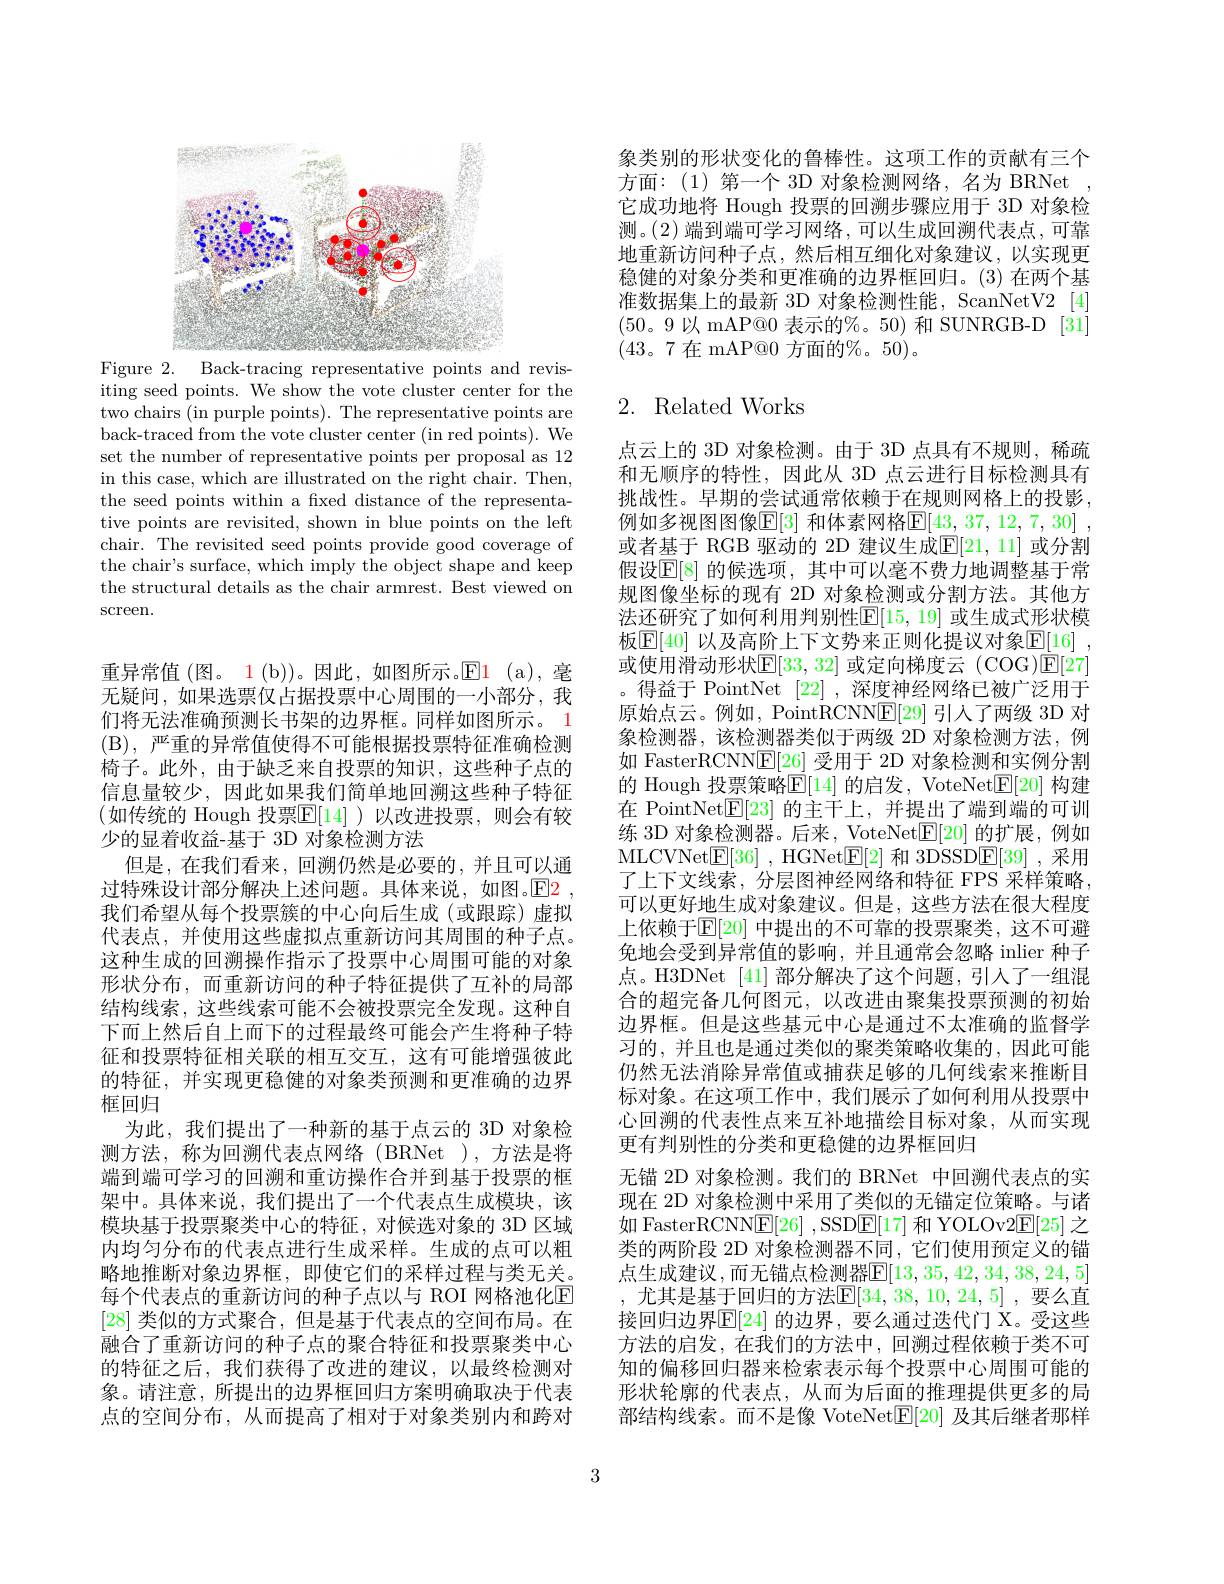
<FigureHere>

Figure 2. Back-tracing representative points and revisiting seed points. We show the vote cluster center for the two chairs (in purple points). The representative points are back-traced from the vote cluster center (in red points). We set the number of representative points per proposal as 12 in this case, which are illustrated on the right chair. Then, the seed points within a fixed distance of the representative points are revisited, shown in blue points on the left chair. The revisited seed points provide good coverage of the chair's surface, which imply the object shape and keep the structural details as the chair armrest. Best viewed on screen.

重异常值 (图。1 (b))。因此，如图所示。$\mathsf{El}$ (a),毫无疑问，如果选票仅占据投票中心周围的一小部分，我们将无法准确预测长书架的边界框。同样如图所示。1 (B),严重的异常值使得不可能根据投票特征准确检测椅子。此外，由于缺乏来自投票的知识，这些种子点的信息量较少，因此如果我们简单地回溯这些种子特征(如传统的 Hough 投票$\underline{\mathbb{E}}[14]$ )以改进投票，则会有较少的显着收益-基于 3D 对象检测方法
但是，在我们看来，回溯仍然是必要的，并且可以通过特殊设计部分解决上述问题。具体来说，如图。$\operatorname{E2}$, 我们希望从每个投票簇的中心向后生成(或跟踪)虚拟代表点，并使用这些虚拟点重新访问其周围的种子点。这种生成的回溯操作指示了投票中心周围可能的对象形状分布，而重新访问的种子特征提供了互补的局部结构线索，这些线索可能不会被投票完全发现。这种自下而上然后自上而下的过程最终可能会产生将种子特征和投票特征相关联的相互交互，这有可能增强彼此的特征，并实现更稳健的对象类预测和更准确的边界框回归
为此，我们提出了一种新的基于点云的 3D 对象检测方法，称为回溯代表点网络(BRNet ),方法是将端到端可学习的回溯和重访操作合并到基于投票的框架中。具体来说，我们提出了一个代表点生成模块，该模块基于投票聚类中心的特征，对候选对象的 3D 区域内均匀分布的代表点进行生成采样。生成的点可以粗略地推断对象边界框，即使它们的采样过程与类无关。每个代表点的重新访问的种子点以与 ROI 网格池化E [28]类似的方式聚合，但是基于代表点的空间布局。在融合了重新访问的种子点的聚合特征和投票聚类中心的特征之后，我们获得了改进的建议，以最终检测对象。请注意，所提出的边界框回归方案明确取决于代表点的空间分布，从而提高了相对于对象类别内和跨对

象类别的形状变化的鲁棒性。这项工作的贡献有三个方面：(1)第一个 3D 对象检测网络，名为 BRNet 它成功地将 Hough 投票的回溯步骤应用于 3D 对象检测。(2)端到端可学习网络，可以生成回溯代表点，可靠地重新访问种子点，然后相互细化对象建议，以实现更稳健的对象分类和更准确的边界框回归。(3)在两个基准数据集上的最新 3D 对象检测性能，ScanNetV2 [4] (50。9以 mAP@0 表示的%。50) 和 SUNRGB-D [31] (43。7 在 mAP@0 方面的%。50)。

# 2. Related Works

点云上的 3D 对象检测。由于 3D 点具有不规则，稀疏和无顺序的特性，因此从 3D 点云进行目标检测具有挑战性。早期的尝试通常依赖于在规则网格上的投影， 例如多视图图像$\mathbb{E}[3]$ 和体素网格$\mathbb{E}[43,37,12,7,30]$, 或者基于 RGB 驱动的 2D 建议生成$\mathbb{E}[21,11]$ 或分割假设$\mathbb{E}[8]$ 的候选项，其中可以毫不费力地调整基于常规图像坐标的现有 2D 对象检测或分割方法。其他方法还研究了如何利用判别性$\mathbb{E}[15,19]$ 或生成式形状模板$\boxed{\mathrm{E} [ 40] \text{ 以 及 高 阶 上 下 文 势 来 正 则 化 提 议 对 象 }\mathbb{E} [ 16] }$ , 或使用滑动形状$\mathbb{E}[33,32]$ 或定向梯度云 (COG)$\mathbb{E}[27]$ 。得益于 PointNet [22] ,深度神经网络已被广泛用于原始点云。例如，PointRCNN$\mathbb{E}[29]$引人了两级 3D 对象检测器，该检测器类似于两级 2D 对象检测方法，例如 FasterRCNN$\underline{\mathrm{E}}[\underline{26}]$受用于 2D 对象检测和实例分割的 Hough 投票策略$\mathbb{E}[14]$ 的启发，VoteNet$\mathbb{E}[20]$ 构建在 PointNet$\mathbb{E}[23]$的主干上，并提出了端到端的可训练 3D 对象检测器。后来，VoteNet$\mathbb{E}[20]$的扩展，例如MLCVNet$\underline {\mathrm{E} }[ 36]$ ,HGNet$\underline{\mathrm{E}}[2]$和 3DSSD$\underline{\mathrm{E}}[39]$ ,采用了上下文线索，分层图神经网络和特征 FPS 采样策略， 可以更好地生成对象建议。但是，这些方法在很大程度上依赖于$\operatorname{E}[20]$ 中提出的不可靠的投票聚类，这不可避免地会受到异常值的影响，并且通常会忽略 inlier 种子点。H3DNet [41] 部分解决了这个问题，引人了一组混合的超完备几何图元，以改进由聚集投票预测的初始边界框。但是这些基元中心是通过不太准确的监督学习的，并且也是通过类似的聚类策略收集的，因此可能仍然无法消除异常值或捕获足够的几何线索来推断目标对象。在这项工作中，我们展示了如何利用从投票中心回溯的代表性点来互补地描绘目标对象，从而实现更有判别性的分类和更稳健的边界框回归
无锚 2D 对象检测。我们的 BRNet 中回溯代表点的实现在 2D 对象检测中采用了类似的无锚定位策略。与诸如 FasterRCNN$\underline{\mathrm{E}}[26]$ ,SSDE[17] 和 YOLOv2$\underline{\mathrm{E}}[25]$之类的两阶段 2D 对象检测器不同，它们使用预定义的锚点生成建议，而无锚点检测器$\overline{\mathbb{E}}[13,35,42,34,38,24,5]$ , 尤其是基于回归的方法$\overline[34,38,10,24,5]$ ,要么直接回归边界$\overline{\mathrm{E}}[24]$ 的边界，要么通过迭代门 X。受这些方法的启发，在我们的方法中，回溯过程依赖于类不可知的偏移回归器来检索表示每个投票中心周围可能的形状轮廓的代表点，从而为后面的推理提供更多的局部结构线索。而不是像 VoteNet$\mathbb{E}[20]$及其后继者那样

3